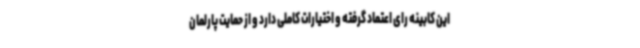
این کابینه رای اعتماد گرفته و اختیارات کاملی دارد و از حمایت پارلمان